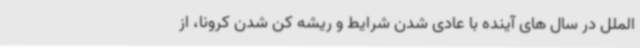
الملل در سال های آینده با عادی شدن شرایط و ریشه کن شدن کرونا، از